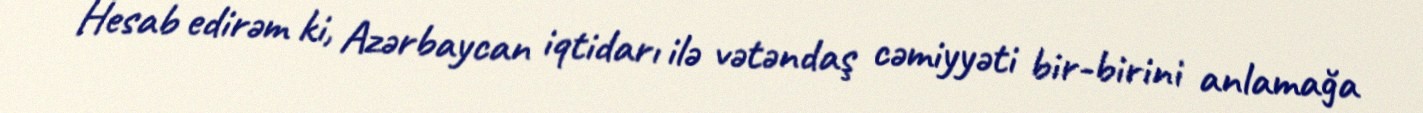
Hesab edirəm ki, Azərbaycan iqtidarı ilə vətəndaş cəmiyyəti bir-birini anlamağa